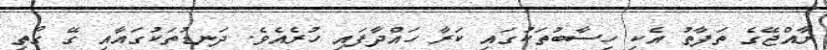
ރާއްޖޭގެ ތަފާތު އެކި ހިސާބުތަކުގައި ކަރާ ހައްދާފައި ހުރެއެވެ. ދަނޑުތަކުގައާއި ގޭ ގޯތި